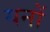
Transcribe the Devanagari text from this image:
यनों